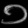
Digit: ၁